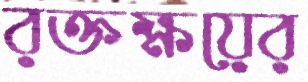
রক্তক্ষয়ের